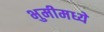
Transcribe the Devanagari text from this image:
भुमीमध्ये